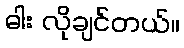
ဓါး လိုချင်တယ်။